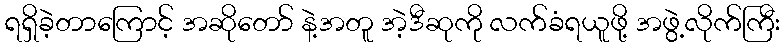
ရရှိခဲ့တာကြောင့် အဆိုတော် နဲ့အတူ အဲ့ဒီဆုကို လက်ခံရယူဖို့ အဖွဲ့လိုက်ကြီး